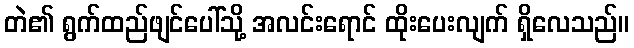
တဲ၏ ရွက်ထည်ဖျင်ပေါ်သို့ အလင်းရောင် ထိုးပေးလျက် ရှိလေသည်။